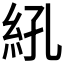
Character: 𬗆